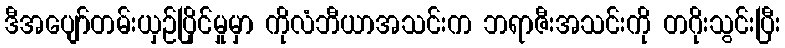
ဒီအပျော်တမ်းယှဉ်ပြိုင်မှုမှာ ကိုလံဘီယာအသင်းက ဘရာဇီးအသင်းကို တဂိုးသွင်းပြီး